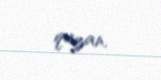
qazan.